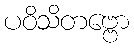
ပဝိသိတဗ္ဗော